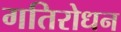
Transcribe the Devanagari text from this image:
गतिरोधन